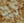
أريد